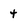
Character: 4